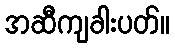
အဆီကျခါးပတ်။